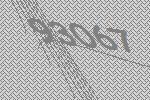
93067